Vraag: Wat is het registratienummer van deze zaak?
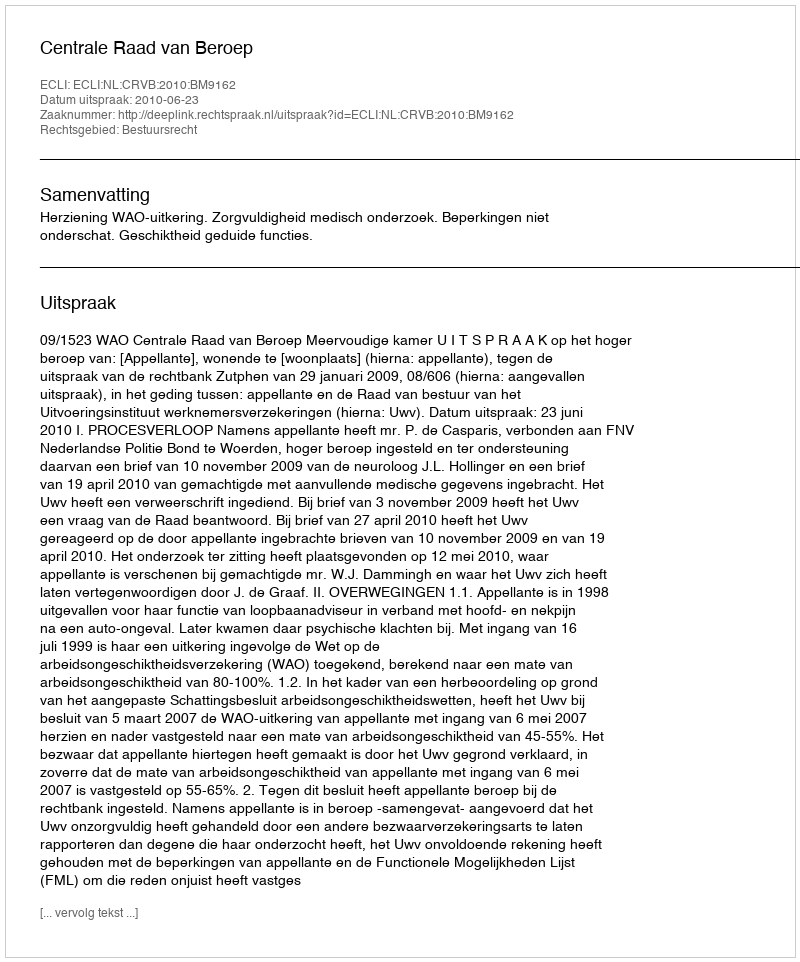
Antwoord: http://deeplink.rechtspraak.nl/uitspraak?id=ECLI:NL:CRVB:2010:BM9162